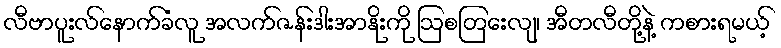
လီဗာပူးလ်နောက်ခံလူ အလက်ဇန်းဒါးအာနိုးကို ဩစတြေးလျ၊ အီတလီတို့နဲ့ ကစားရမယ့်